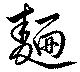
麺